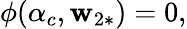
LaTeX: \phi(\alpha_{c},\mathbf{w}_{2\ast})=0,